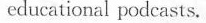
educational podcasts.